Annual report of the Prince of Wales Medical College, Patna
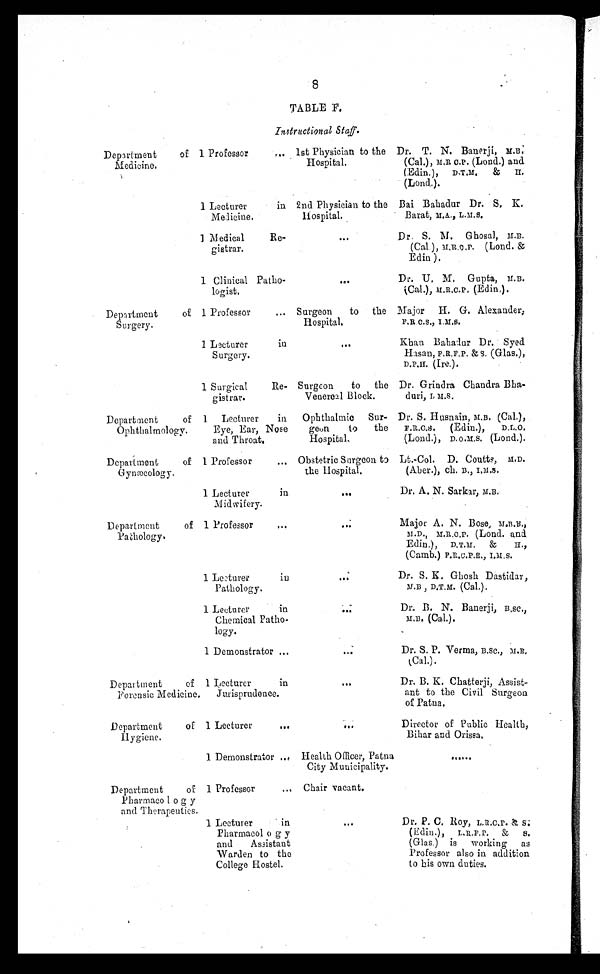
8
TABLE F.
Instructional Staff.
Department
of
Medicine.
1 Professor
... 1st Physician to the
Hospital.
Dr. T. N. Banerji, M . B .
(Cal.), M.R. C.P. (Lond.) and
(Edin.),
D.T.M.
&
II.
(Lond.).
1 Lecturer
in
Medicine.
2nd Physician to the
H ospital.
Bai Bahadur Dr. S, K.
Barat, M.A., L.M.S.
1 Medical
Re-
gistrar.
...
Dr. S. M. Ghosal, M.B.
(Cal.), M.R.C.P. (Lond. &
Edin ).
Clinical Patho-
logist,
. . .
Dr. U. M. Gupta, M.B.
(Cal.), M.R.C.P. (Edin,).
Department
of
Surgery.
1 Professor
... Surgeon
to the
H ospital.
Major H. G. Alexander,
F.R.C.S., I.M.S.
1 Lecturer
in
Surgery.
...
Khan Bahadur Dr. Syed
Hasan, F.R.F.P. & s. (Glas.),
D.P.H. (Ire.).
1 Surgical
Re-
gistrar.
Surgeon
to the
Venereal Block.
Dr. Grindra Chandra Bha-
duri, L M.S.
Department
of
Ophthalmology.
1 Lecturer
in
Eye, Ear, Nose
and Throat,
Ophthalmic
Sur-
geon
to
the
H o s p i t a l .
Dr. S. Husnain, M.B. ( Cal . ) ,
F.R.C.S.
(Edin.),
D.L.O.
(Lond.), D.O.M.S. (Lond.).
Department
of
Gynæcology.
1 Professor
. . .
Obstetric Surgeon to
the Hospital.
Lt.-Col. D. Coutts, M.D.
(Aber.), ch. B., I.M.S.
1 Lecturer
in
Midwifery.
. . .
Dr. A. N. Sarkar, M.B.
Department
of
P a t h o l o g y .
1 Professor
...
...
Major A. N. Bose, M.B.E.,
M.D., M.R.C.P. (Lond. and
Edin.), D.T.M. &
H .,
(Camb.) F.R.C.P.E., I.M.S.
1 Lecturer
in
Pathology.
. . .
Dr. S. K. Ghosh Dastidar,
M.B , D.T.M. (Cal.).
1 Lecturer
in
Chemical Patho-
logy.
. . .
Dr., B. N. Banerji, B.SC .,
M.B. (Cal.).
1 Demonstrator ...
. . .
Dr. S. P. Verma, B.Sc., M.R.
(Cal.).
Department
of
Forensic Medicine.
1 Lecturer
in
Jurisprudence.
...
Dr. B. K. Chatterji, Assist-
ant to the Civil Surgeon
of Patna.
Department
of
Hygiene.
1 Lecturer
. . .
. . .
Director of Public Health,
Bihar and Orissa.
1 Demonstrator
. . . Health Officer, Patna
City Municipality.
. . . . . .
Department
of
Pharmaco l o g y
and Therapeuties.
1 Professor
. . . Chair vacant.
1 Lecturer
in
Pharmacol o g y
and
Assistant
Warden to the
College Hostel.
. . .
Dr. P. C. Roy, L.R.C.P. & s.
(Edin.), L.R.F.P. & S.
(Glas.) is working
as
Professor also in addition
to his own duties.